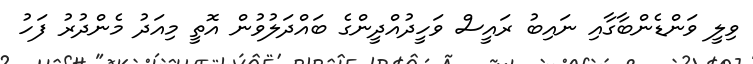
ވިލީ ވަންޑެންބާގާއި ނައިބު ރައީސް ވަހީދުއްދީންގެ ބައްދަލުވުން އޮތީ މިއަދު މެންދުރު ފަހު